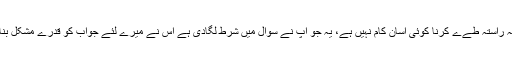
جواب: یہ راستہ طےے کرنا کوئی آسان کام نہیں ہے، یہ جو آپ نے سوال میں شرط لگادی ہے اس نے میرے لئے جواب کو قدرے مشکل بنادیا ہے ۔